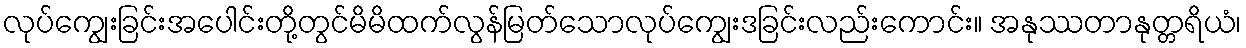
လုပ်ကျွေးခြင်းအပေါင်းတို့တွင်မိမိထက်လွန်မြတ်သောလုပ်ကျွေးဒခြင်းလည်းကောင်း။ အနုဿတာနုတ္တရိယံ၊